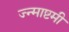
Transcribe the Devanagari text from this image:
ज्न्माष्टमी